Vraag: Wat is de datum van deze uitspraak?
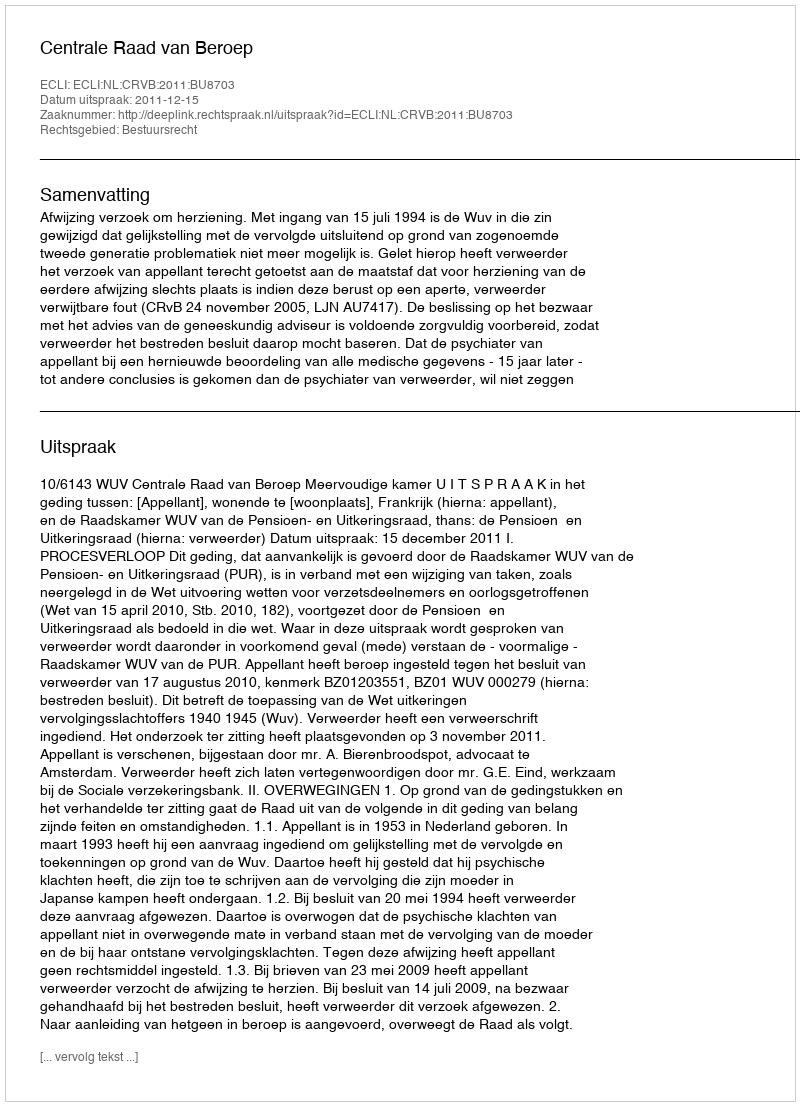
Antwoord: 2011-12-15